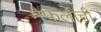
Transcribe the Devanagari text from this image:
मैफलींची